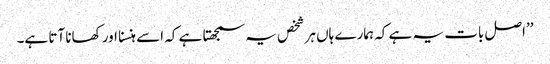
’’اصل بات یہ ہے کہ ہمارے ہاں ہر شخص یہ سمجھتا ہے کہ اسے ہنسنا اور کھانا آتا ہے۔